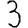
Digit: 3